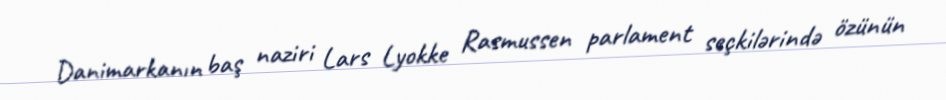
Danimarkanın baş naziri Lars Lyokke Rasmussen parlament seçkilərində özünün